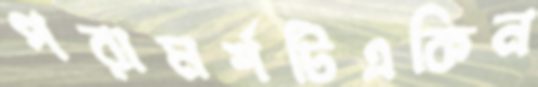
পরামর্শটিএকিন